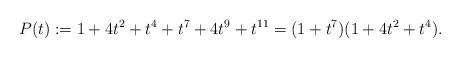
LaTeX: \begin{align*}P(t) := 1 + 4t^2 + t^4 + t^7 + 4t^9 + t^{11} = (1 + t^7) (1 + 4t^2 + t^4).\end{align*}